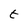
Character: t